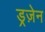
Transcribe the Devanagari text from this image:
ड्रज़ेन